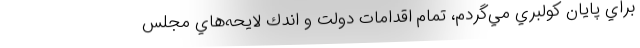
براي پايان كولبري مي‌گردم، تمام اقدامات دولت و اندك لايحه‌هاي مجلس